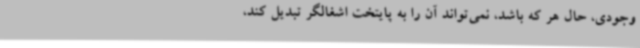
وجودی، حال هر که باشد، نمی‌تواند آن را به پایتخت اشغالگر تبدیل کند،